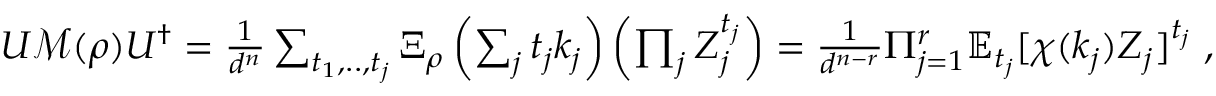
\begin{array} { r } { U \mathcal M ( \rho ) U ^ { \dag } = \frac { 1 } { d ^ { n } } \sum _ { t _ { 1 } , . . , t _ { j } } \Xi _ { \rho } \left( \sum _ { j } t _ { j } k _ { j } \right) \left( \prod _ { j } Z _ { j } ^ { t _ { j } } \right) = \frac { 1 } { d ^ { n - r } } \Pi _ { j = 1 } ^ { r } \mathbb { E } _ { t _ { j } } [ \chi ( k _ { j } ) Z _ { j } ] ^ { t _ { j } } \; , } \end{array}